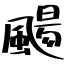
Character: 颺